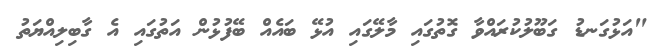
"އަޅުގަނޑު ގަބޫލުކުރައްވާ ގޮތުގައި މާލޭގައި އުޅޭ ބައެއް ބޭފުޅުން އަތުގައި އެ ގާބިލިއްޔަތު